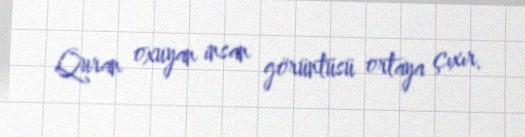
Quran oxuyan insan görüntüsü ortaya çıxır.